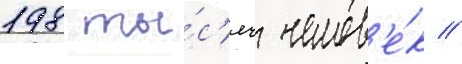
198 ты́с'яч челов'е́к //